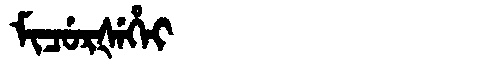
Manchu: ᠮᡳᠴᡠᡵᡧᡝᡥᡝᡳ
Romanization: MICURŠEHEI